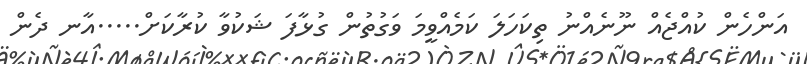
އަންހެން ކުއްޖެއް ނޫނެއްނު ތިކަހަލަ ކަމެއްވީމަ ވަގުތުން ގުޅާފަ ޝަކުވާ ކުރާކަށް.....އާނ ދެން